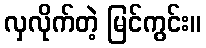
လှလိုက်တဲ့ မြင်ကွင်း။